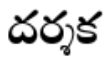
దర్శక